Tartu_pedagoogiumi_aruanded, lk 7
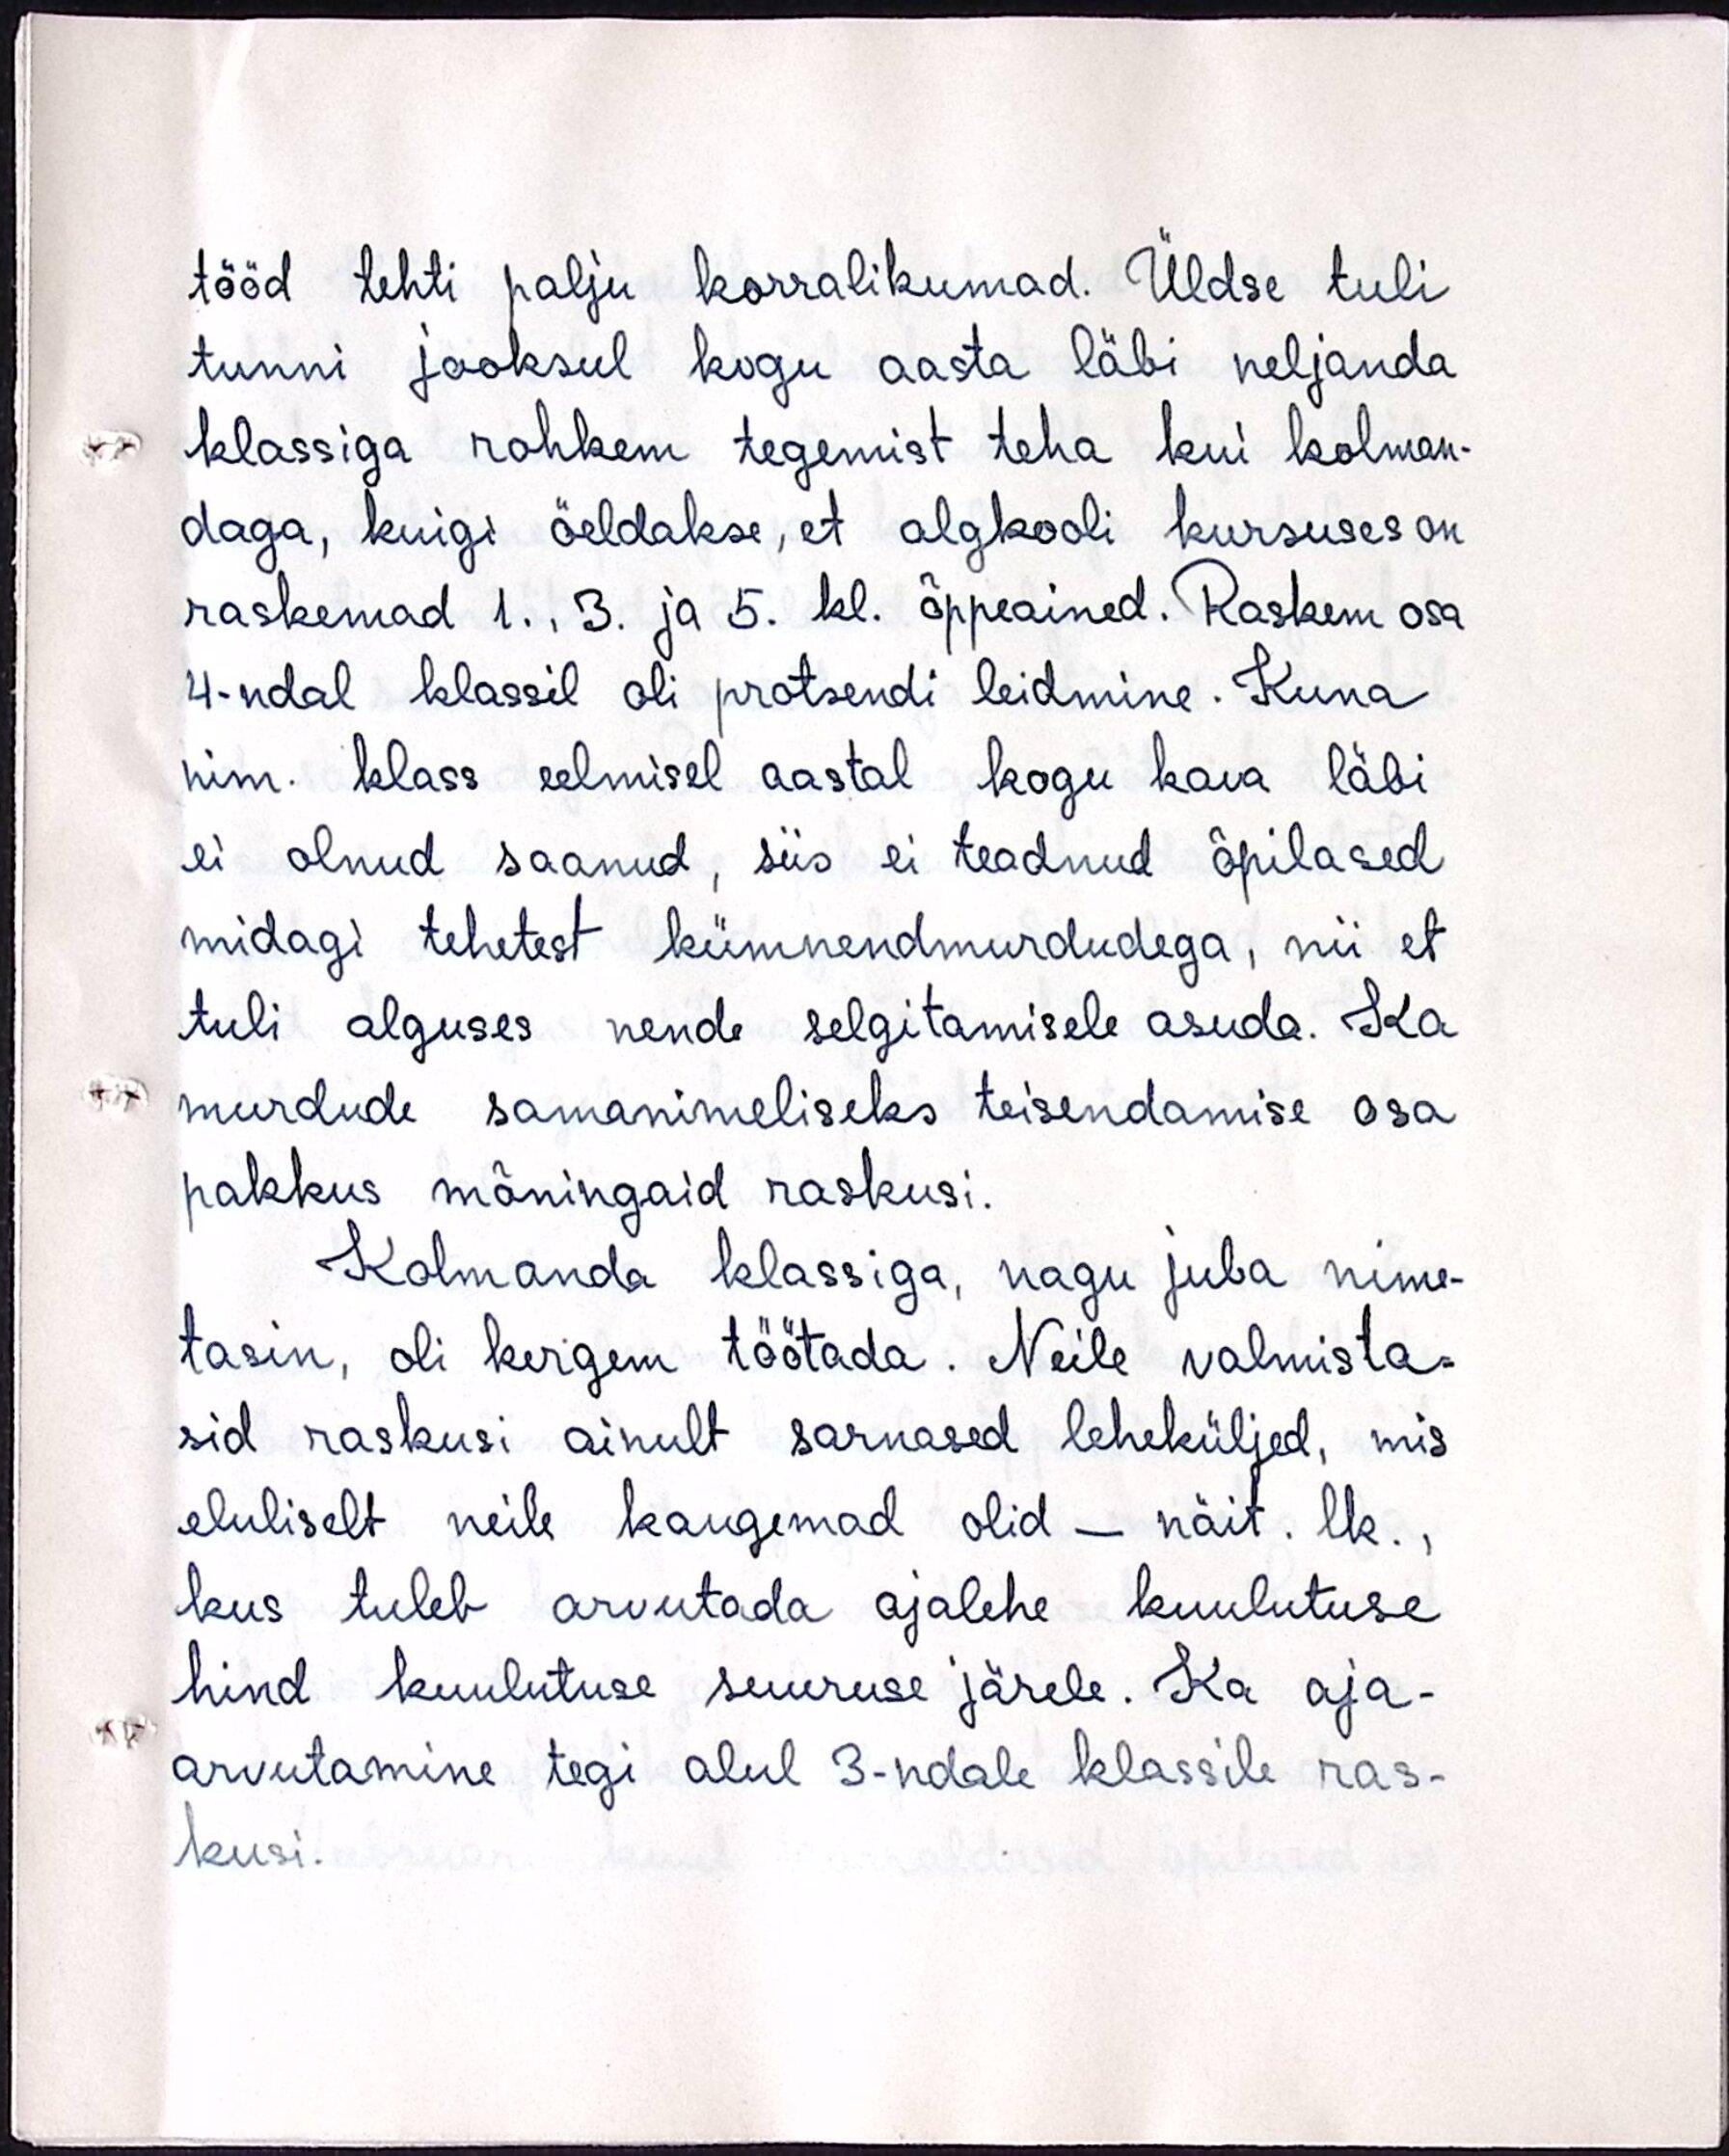
tööd tehti palju korralikumad. Üldse tuli
tunni jooksul kogu aasta läbi neljanda
klassiga rohkem tegemist teha kui kolman-
daga, kuigi öeldakse, et algkooli kursuses on
raskemad 1., 3. ja 5. kl. õppeained. Raskem osa
4-ndal klassil oli protsendi leidmine. Kuna
nim. klass eelmisel aastal kogu kava läbi
ei olnud saanud, siis ei teadnud õpilased
midagi tehetest kümnendmurdudega, nii et
tuli alguses nende selgitamisele asuda. Ka
murdude samanimeliseks teisendamise osa
pakkus mõningaid raskusi.
Kolmanda klassiga, nagu juba nime-
tasin, oli kergem töötada. Neile valmista-
sid raskusi ainult sarnased leheküljed, mis
eluliselt neile kaugemad olid - näit. lk.,
kus tuleb arvutada ajalehe kuulutuse
hind kuulutuse suuruse järele. Ka aja-
arvutamine tegi alul 3-ndale klassile ras-
kusi.